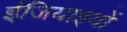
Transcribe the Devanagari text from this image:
ईजियाइयों